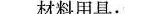
材料用具：